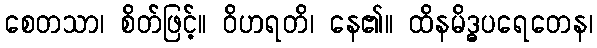
စေတသာ၊ စိတ်ဖြင့်။ ဝိဟရတိ၊ နေ၏။ ထိနမိဒ္ဓပရေတေန၊